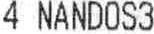
4 NANDOS3